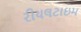
રીયલટાઇમ